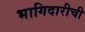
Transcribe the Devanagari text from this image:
भागिदारीची